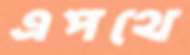
এপথে